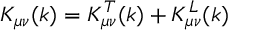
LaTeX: K _ { \mu \nu } ( k ) = K _ { \mu \nu } ^ { T } ( k ) + K _ { \mu \nu } ^ { L } ( k )